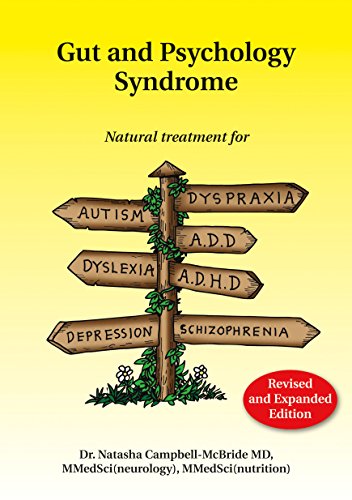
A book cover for Gut and Psychology Syndrome: Natural Treatment for Autism, Dyspraxia, A.D.D., Dyslexia, A.D.H.D., Depression, Schizophrenia; Natasha Campbell-McBride; Medical Books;